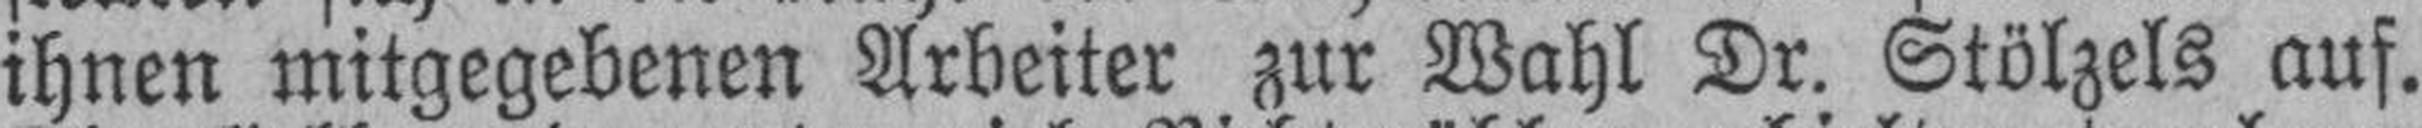
ihnen mitgegebenen Arbeiter zur Wahl Dr. Stölzels auf.